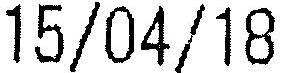
15/04/18